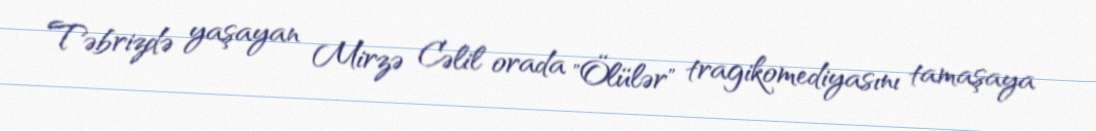
Təbrizdə yaşayan Mirzə Cəlil orada "Ölülər" tragikomediyasını tamaşaya